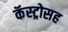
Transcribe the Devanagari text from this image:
कॅस्ट्रोसह